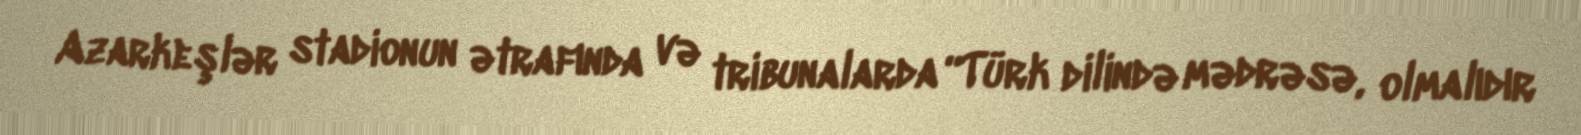
Azarkeşlər stadionun ətrafında və tribunalarda “Türk dilində mədrəsə, olmalıdır